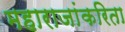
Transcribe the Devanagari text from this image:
महाराजांकरिता